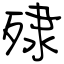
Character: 殔